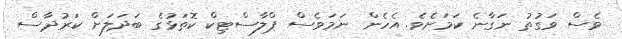
ވެސް ވަގުތު ނަގާނެ ކަމަށެވެ. އެހެން ނަމަވެސް ޕްލާސްޓިކް ކޮތަޅުގެ ބަދަލަށް ކަރުދާސް